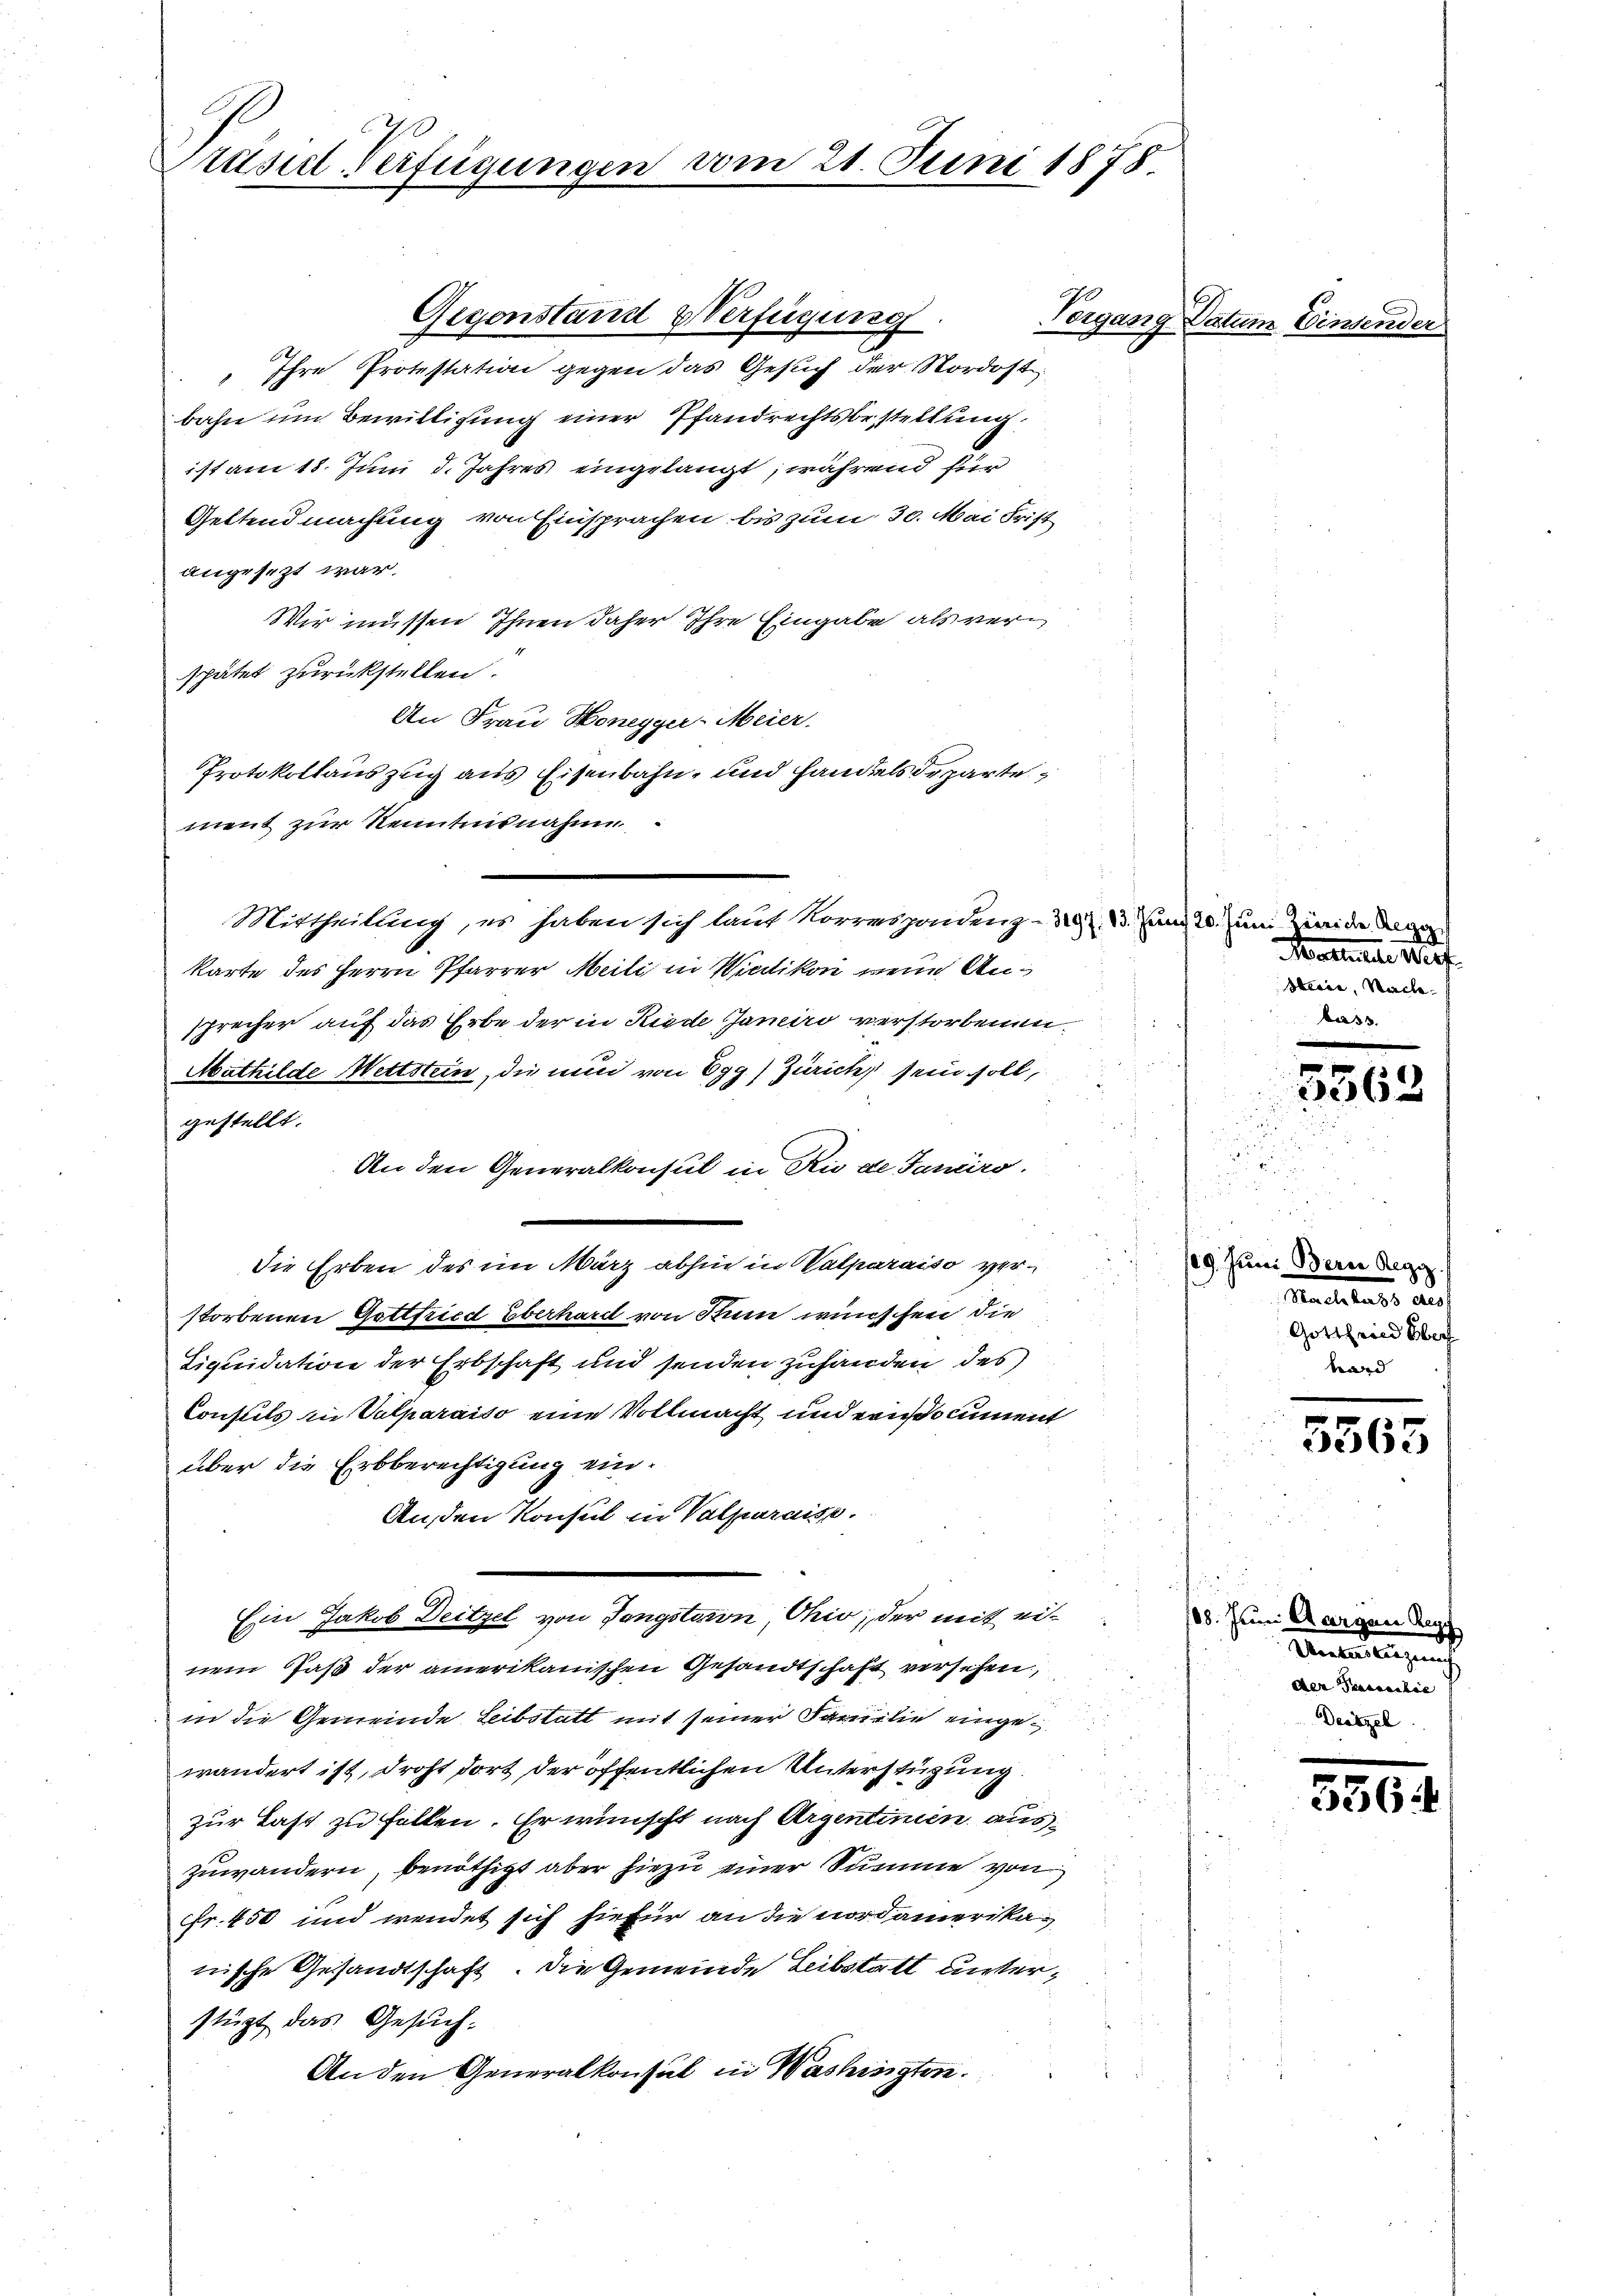
1
Präsidl-Verfügungen vom 21. Juni 1878.

Ihre Protestation gegen das Gesuch der Nordost
bahn um Bewilligung einer Pfandrechtsbestellung
ist am 18. Juni d. Jahres eingelangt, während für
Gettendmachung von Einsprachen bis zum 30. Mai Frist
angesezt war.
Wir müssen Ihnen daher Ihre Eingabe als verspätet zurückstellen.
An Frau Honegger-Meier.
Protokollauszug aus Eisenbahn, und Handelsdeparte
ment zur Kenntnisnahme
Mittheilung, es haben sich laut Korrespondenz-S. 23. Juni 20. zum Beide da
karte des Herrn Pfarrer Meili in Wiedikon wenn Ansprecher auf das Erbe der in Riede Janeiro verstorbenen
Mathilde Wettstein, die nun von Egg) Zürich sein soll,
gestellt.
An den Generalkonsul in Rio de Janeiro
Die Erben des im März abhin in alparaiso verstorbenen Gottfried Eberhard von Rum wünschen die
Liquidation der Erbschaft und senden zuhanden des
Consuls in Valparaiso eine Vollmacht und erinocument
über die Erbberechtigung ein¬
An den Konsul in Valparais.
Ein Jakob Deitzel von Tangstaion, Ohio, der mit einem daß der amerikanischen Gesandtschaft versehen,
in die Gemeinde Leibstatt mit seiner Familie eingewandert ist, droht dort der öffentlichen Unterstüzung.
zur Last zu Fallen. Er wünscht nach Argentinen auszuwandern, benöthigt aber hiezu einer Summe von
Fr. 450 und wendet sich hiefür an die nordamerikanische Gesandtschaft. Die Gemeinde Leibstatt unterstüzt das Gesuch.
An den Generalkonsul in Washingten.

Gegenstand & Verfügung

Veigung

Datum Winsender

Mattete hief
Heere, Stacke
bass.

u
3362

29. Juni odern Regi
Matiles aus
Gottfried Ober
ward

5565

f
88. Juni Aargare Regi
Anbauengung
der Trasaschie
Deitzel

5364